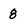
Character: 8